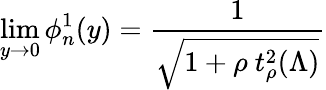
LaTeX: \operatorname*{lim}_{y\to 0}\phi_{n}^{1}(y)=\frac{1}{\sqrt{1+\rho\ t_{\rho}^{2}(\Lambda)}}